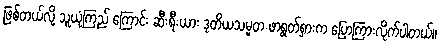
ဖြစ်တယ်လို့ သူယုံကြည် ကြောင်း ဆီးရီးယား ဒုတိယသမ္မတ ဖာရွတ်ရှားက ပြောကြားလိုက်ပါတယ်။